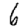
Digit: 6